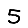
Digit: 5